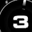
Digit: 3